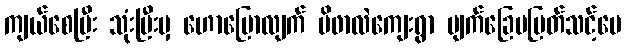
ကျယ်စေပြီး သုံးပြီးမှ ဟောပြောလျက် မိဖာလဲကျေးရွာ မျက်ခြေမပြတ်သင့်ပေ